Report of the Bombay Veterinary College
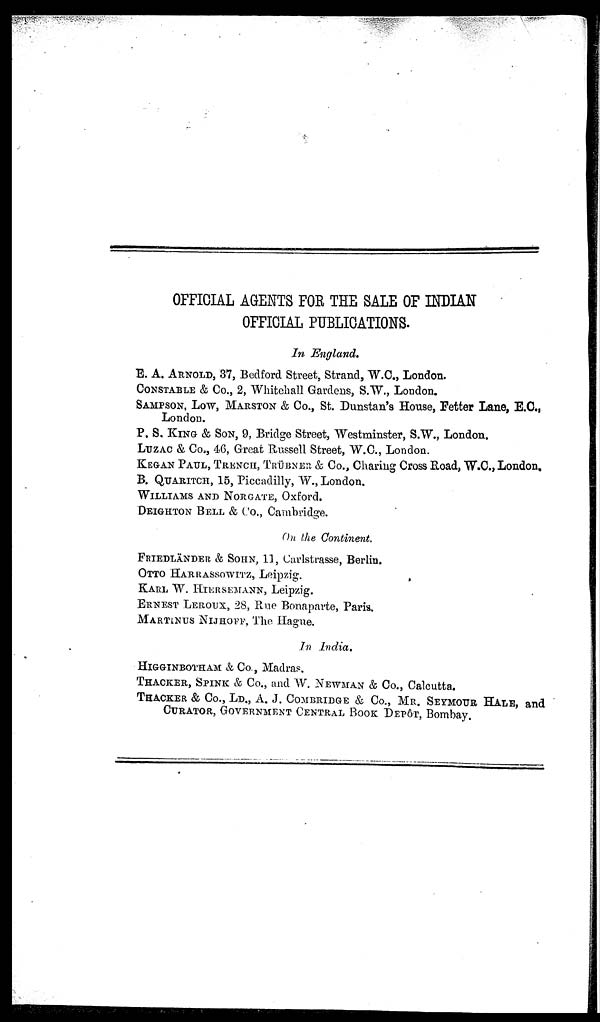
OFFICIAL AGENTS FOR THE SALE OF INDIAN
OFFICIAL PUBLICATIONS.
In England.
E. A. ARNOLD, 37, Bedford Street, Strand, W.C., London.
CONSTABLE & Co., 2, Whitehall Gardens, S.W., London.
SAMPSON, Low, MARSTON & Co., St. Dunstan's House, Fetter Lane, E.C.,
London.
P. S.KING & SON, 9, Bridge Street, Westminster, S.W., London.
LUZAC & Co., 46, Great Russell Street, W.C., London.
KEGAN PAUL, TRENCH, TRÜBNER & Co., Charing Cross Road, W.C., London.
B. QUARITCH, 15, Piccadilly, W., London.
WILLIAMS AND NORGATE, Oxford.
DEIGHTON BELL & Co., Cambridge.
On the Continent.
FRIEDLÄNDER & SOHN, 11, Carlstrasse, Berlin.
OTTO HARRASSOWITZ, Leipzig.
KARL W. HIERSEMANN, Leipzig.
ERNEST LEROUX, 28, Rue Bonaparte, Paris.
MARTINUS NIJHOFF, The Hague.
In India.
HIGGINBOTHAM & Co., Madras.
THACKER, SPINK & Co., and W. NEWMAN & Co., Calcutta.
THACKER & CO., LD., A. J. COMBRIDGE & Co., MR. SEYMOUR HALE, and
CURATOR, GOVERNMENT CENTRAL BOOK DEPÔT, Bombay.